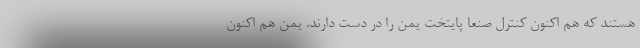
هستند که هم اکنون کنترل صنعا پایتخت یمن را در دست دارند. یمن هم اکنون